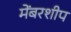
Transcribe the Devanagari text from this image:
मेंबरशीप